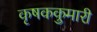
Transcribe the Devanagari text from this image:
कृषककुमारी